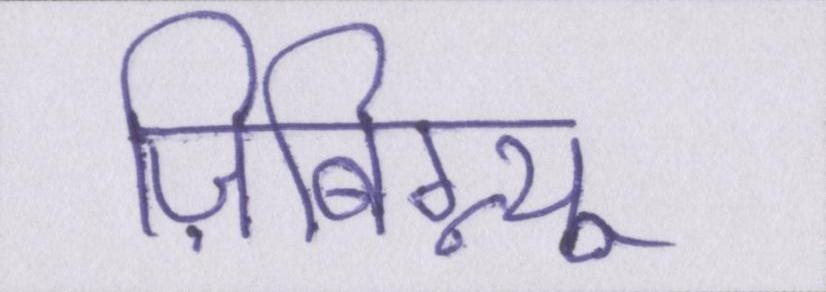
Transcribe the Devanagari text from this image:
ज़िबिग्न्यू